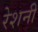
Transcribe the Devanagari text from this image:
रेशनी